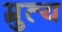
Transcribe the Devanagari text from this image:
म्रुत्य